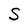
Character: S